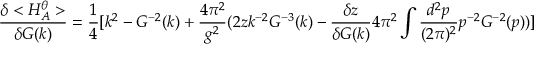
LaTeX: \frac { \delta < H _ { A } ^ { \theta } > } { \delta G ( k ) } = \frac { 1 } { 4 } [ k ^ { 2 } - G ^ { - 2 } ( k ) + \frac { 4 \pi ^ { 2 } } { g ^ { 2 } } ( 2 z k ^ { - 2 } G ^ { - 3 } ( k ) - \frac { \delta z } { \delta G ( k ) } 4 \pi ^ { 2 } \int \frac { d ^ { 2 } p } { ( 2 \pi ) ^ { 2 } } p ^ { - 2 } G ^ { - 2 } ( p ) ) ]